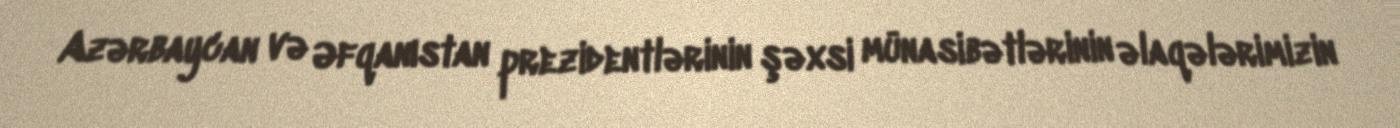
Azərbaycan və Əfqanıstan prezidentlərinin şəxsi münasibətlərinin əlaqələrimizin